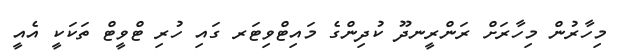
މިހާރުން މިހާރަށް ރަންރީނދޫ ކުދިންގެ މައިޓްވިޓަރ ގައި ހުރި ޓްވީޓް ތަކަކީ އެއީ